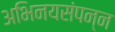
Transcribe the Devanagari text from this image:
अभिनयसंपन्‍न